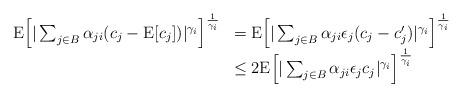
LaTeX: \begin{align*}\begin{array}{rl}{\rm E} \Big[|\sum_{j\in B}\alpha_{ji}(c_j-{\rm E}[c_j]) |^{\gamma_i}\Big]^{\frac1{\gamma_i}} & = {\rm E} \Big[|\sum_{j\in B}\alpha_{ji}\epsilon_j (c_j-c_j^\prime) |^{\gamma_i}\Big]^{\frac1{\gamma_i}}\\& \leq 2 {\rm E} \Big[|\sum_{j\in B}\alpha_{ji}\epsilon_j c_j |^{\gamma_i}\Big]^{\frac1{\gamma_i}}\end{array}\end{align*}